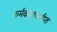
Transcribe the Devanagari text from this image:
कर्मकालपर्याप्त